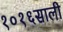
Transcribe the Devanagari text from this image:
१०१६साली